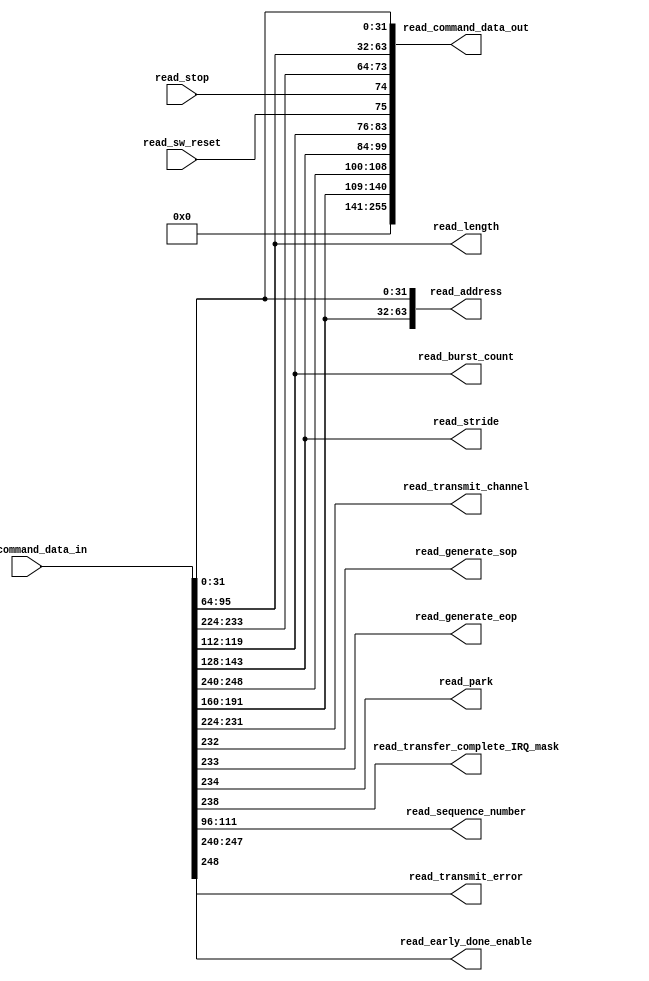
// (C) 2001-2017 Intel Corporation. All rights reserved.
// Your use of Intel Corporation's design tools, logic functions and other 
// software and tools, and its AMPP partner logic functions, and any output 
// files from any of the foregoing (including device programming or simulation 
// files), and any associated documentation or information are expressly subject 
// to the terms and conditions of the Intel Program License Subscription 
// Agreement, Intel FPGA IP License Agreement, or other applicable 
// license agreement, including, without limitation, that your use is for the 
// sole purpose of programming logic devices manufactured by Intel and sold by 
// Intel or its authorized distributors.  Please refer to the applicable 
// agreement for further details.


/*
  This block is used to breakout the 256 bit streaming ports to and from the write master.
  The information sent through the streaming ports is a bundle of wires and buses so it's
  fairly inconvenient to constantly refer to them by their position amungst the 256 lines.
  This block also provides a layer of abstraction since the descriptor buffers block has
  no clue what format the descriptors are in except that the 'go' bit is written to.  This
  means that using this block you could move descriptor information around without affecting
  the top level dispatcher logic.
  
  
  1.0  06/29/2009 - First version of this block of wires
  
  1.1  02/15/2011 - Added read_early_done_enable to the wire breakout
  
  1.2  11/15/2012 - Added in an additional 32 bits of address for extended descriptors
  
*/


// synthesis translate_off
`timescale 1ns / 1ps
// synthesis translate_on

// turn off superfluous verilog processor warnings 
// altera message_level Level1 
// altera message_off 10034 10035 10036 10037 10230 10240 10030 


module read_signal_breakout (
  read_command_data_in,     // descriptor from the read FIFO
  read_command_data_out,  // reformated descriptor to the read master

  // breakout of command information
  read_address,
  read_length,
  read_transmit_channel,
  read_generate_sop,
  read_generate_eop,
  read_park,
  read_transfer_complete_IRQ_mask,
  read_burst_count,      // when 'ENHANCED_FEATURES' is 0 this will be driven to ground
  read_stride,           // when 'ENHANCED_FEATURES' is 0 this will be driven to ground
  read_sequence_number,  // when 'ENHANCED_FEATURES' is 0 this will be driven to ground
  read_transmit_error,
  read_early_done_enable,

  // additional control information that needs to go out asynchronously with the command data
  read_stop,
  read_sw_reset
);

  parameter DATA_WIDTH = 256;  // 256 bits when enhanced settings are enabled otherwise 128 bits

  input [DATA_WIDTH-1:0] read_command_data_in;
  output wire [255:0] read_command_data_out;

  output wire [63:0] read_address;
  output wire [31:0] read_length;
  output wire [7:0] read_transmit_channel;
  output wire read_generate_sop;
  output wire read_generate_eop;
  output wire read_park;
  output wire read_transfer_complete_IRQ_mask;
  output wire [7:0] read_burst_count;
  output wire [15:0] read_stride;
  output wire [15:0] read_sequence_number;
  output wire [7:0] read_transmit_error;
  output wire read_early_done_enable;

  input read_stop;
  input read_sw_reset;
  
  
  assign read_address[31:0] = read_command_data_in[31:0];
  assign read_length = read_command_data_in[95:64];


  generate
    if (DATA_WIDTH == 256)
    begin
      assign read_early_done_enable = read_command_data_in[248];
      assign read_transmit_error = read_command_data_in[247:240];
      assign read_transmit_channel = read_command_data_in[231:224];
      assign read_generate_sop = read_command_data_in[232];
      assign read_generate_eop = read_command_data_in[233];
      assign read_park = read_command_data_in[234];
      assign read_transfer_complete_IRQ_mask = read_command_data_in[238];
      assign read_burst_count = read_command_data_in[119:112];
      assign read_stride = read_command_data_in[143:128];
      assign read_sequence_number = read_command_data_in[111:96];
      assign read_address[63:32] = read_command_data_in[191:160];
    end
    else
    begin
      assign read_early_done_enable = read_command_data_in[120];
      assign read_transmit_error = read_command_data_in[119:112];
      assign read_transmit_channel = read_command_data_in[103:96];
      assign read_generate_sop = read_command_data_in[104];
      assign read_generate_eop = read_command_data_in[105];
      assign read_park = read_command_data_in[106];
      assign read_transfer_complete_IRQ_mask = read_command_data_in[110];
      assign read_burst_count = 8'h00;
      assign read_stride = 16'h0000;
      assign read_sequence_number = 16'h0000;  
      assign read_address[63:32] = 32'h00000000;
    end
  endgenerate

  // big concat statement to glue all the signals back together to go out to the read master (MSBs to LSBs)
  assign read_command_data_out = {{115{1'b0}},  // zero pad the upper 115 bits
                                 read_address[63:32],
                                 read_early_done_enable,
                                 read_transmit_error,
                                 read_stride,
                                 read_burst_count,
                                 read_sw_reset,
                                 read_stop,
                                 read_generate_eop,
                                 read_generate_sop,
                                 read_transmit_channel,
                                 read_length,
                                 read_address[31:0]};

endmodule